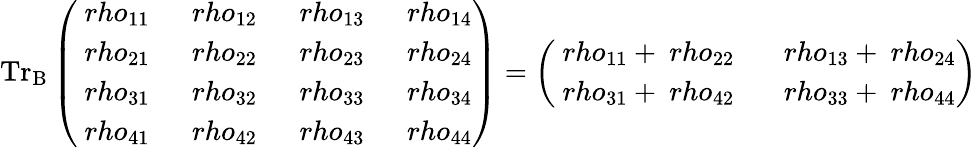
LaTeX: \mathrm{{Tr}_{B}\left(\begin{array}{llll}{\ rho_{11}~}&{\ rho_{12}~}&{\ rho_{13}~}&{\ rho_{14}}\\ {\ rho_{21}~}&{\ rho_{22}~}&{\ rho_{23}~}&{\ rho_{24}}\\ {\ rho_{31}~}&{\ rho_{32}~}&{\ rho_{33}~}&{\ rho_{34}}\\ {\ rho_{41}~}&{\ rho_{42}~}&{\ rho_{43}~}&{\ rho_{44}}\end{array}\right)=\left(\begin{array}{ll}{\ rho_{11}+\ rho_{22}~~}&{\ rho_{13}+\ rho_{24}}\\ {\ rho_{31}+\ rho_{42}~~}&{\ rho_{33}+\ rho_{44}}\end{array}\right)}